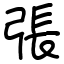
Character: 張